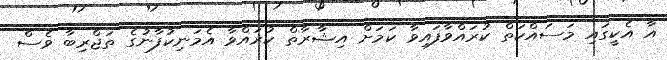
އާ އެކީގައި މަސައްކަތް ކުރައްވާފައިވާ ކަމަށް އިޝާރާތް ކުރައްވާ އެމަނިކުފާނުގެ ތަޖްރިބާ ވެސް